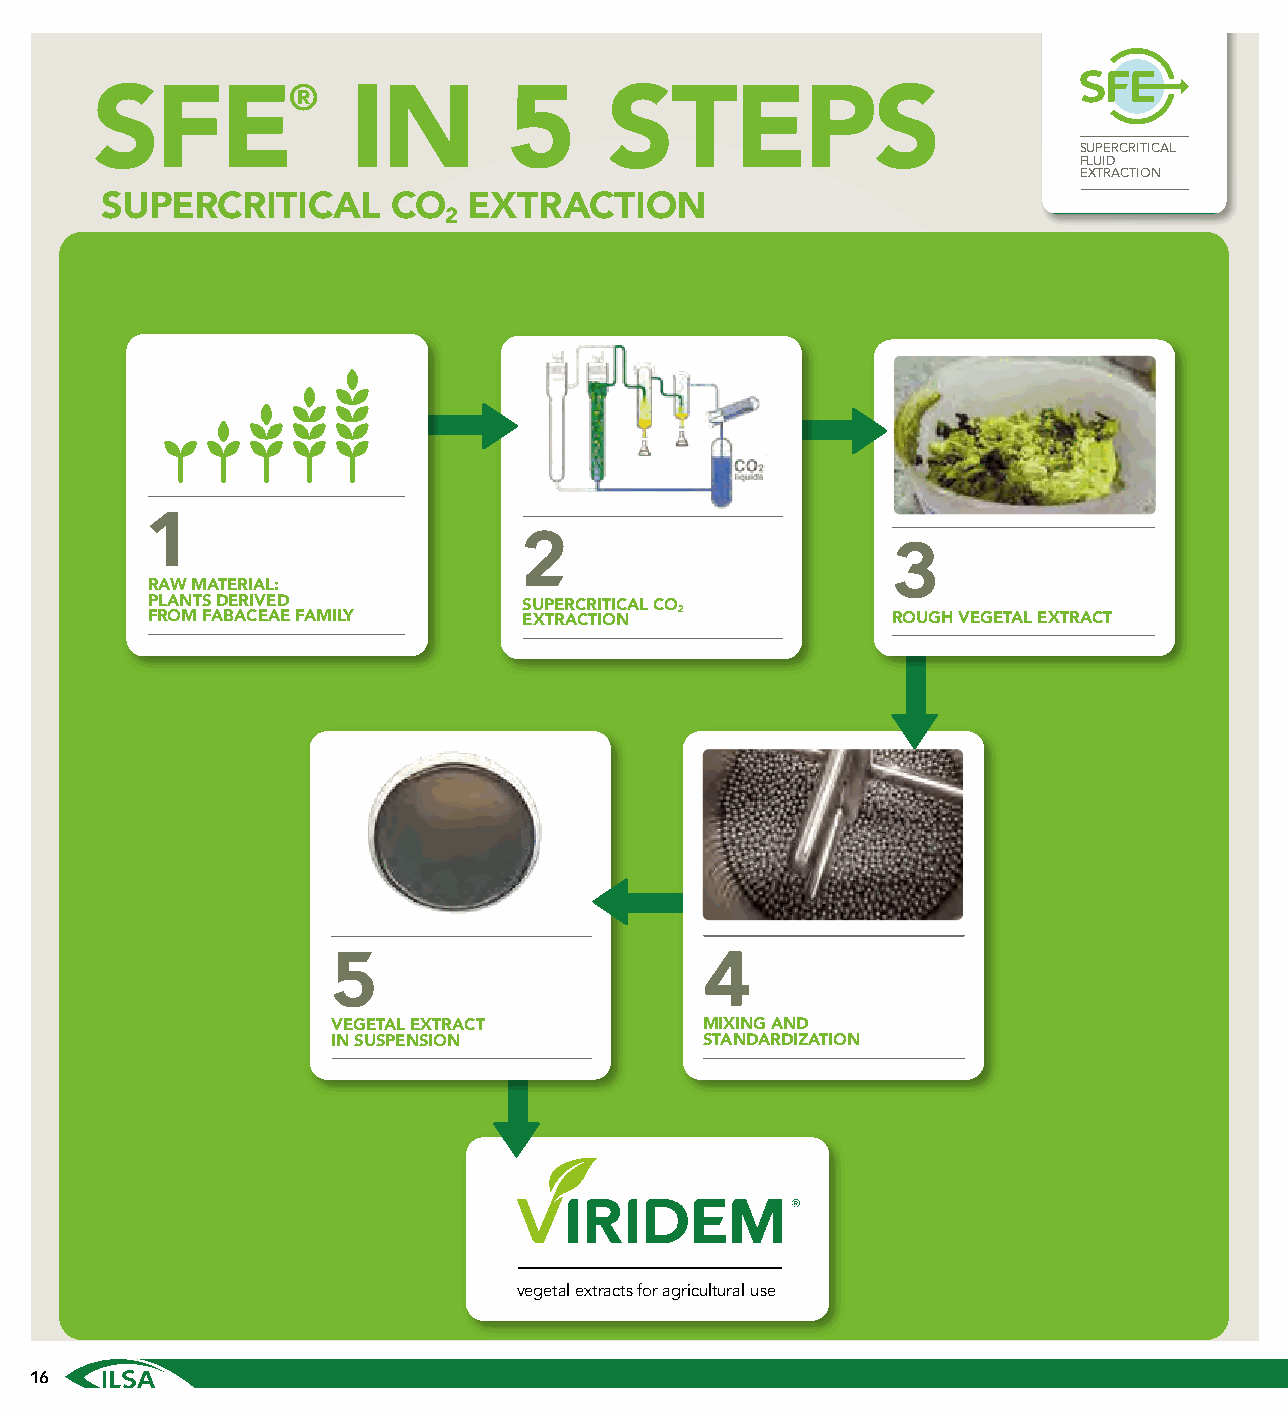
®
 SFE              IN         5     STEPS
 SUPERCRITICAL
 FLUID
 EXTRACTION
 SUPERCRITICAL      CO   EXTRACTION
 2
 1
 2
 3
 RAW MATERIAL:
 P FRLA ON MT S
 FA
 D BE AR CIV EE AD
 E F AMILY
 S EU XP TRE ARC CR TI IT OI NCAL CO2
 ROUGH VEGETAL EXTRACT
 5                        4
 VEGETAL EXTRACT          MIXING AND
 IN SUSPENSION            STANDARDIZATION
 vegetal extracts for agricultural use
 16